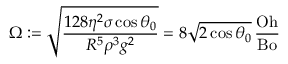
\Omega : = \sqrt { \frac { 1 2 8 \eta ^ { 2 } \sigma \cos \theta _ { 0 } } { R ^ { 5 } \rho ^ { 3 } g ^ { 2 } } } = 8 \sqrt { 2 \cos \theta _ { 0 } } \, \frac { \mathrm { O h } } { \mathrm { B o } }